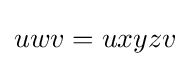
uwv=uxyzv